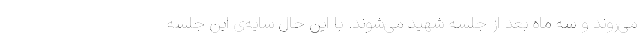
می‌روند و سه ماه بعد از جلسه شهید می‌شوند. با این حال سایه‌ی این جلسه